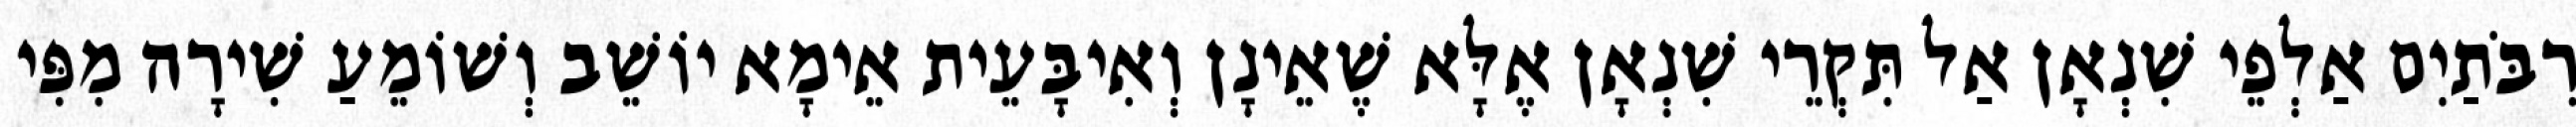
רִבֹּתַיִם אַלְפֵי שִׁנְאָן אַל תִּקְרֵי שִׁנְאָן אֶלָּא שֶׁאֵינָן וְאִיבָּעֵית אֵימָא יוֹשֵׁב וְשׁוֹמֵעַ שִׁירָה מִפִּי